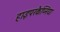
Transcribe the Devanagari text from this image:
हाइपरकैप्निया